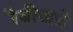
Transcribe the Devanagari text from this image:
रेबीजचे